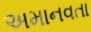
અમાનવતા